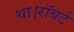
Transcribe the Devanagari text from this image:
था।रॉबर्ट